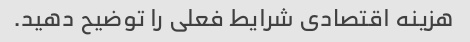
هزینه اقتصادی شرایط فعلی را توضیح دهید.